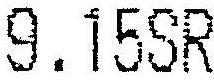
9.15SR